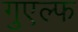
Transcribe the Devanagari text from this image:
गुएल्फ